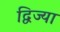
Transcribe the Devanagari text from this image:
द्विज्या